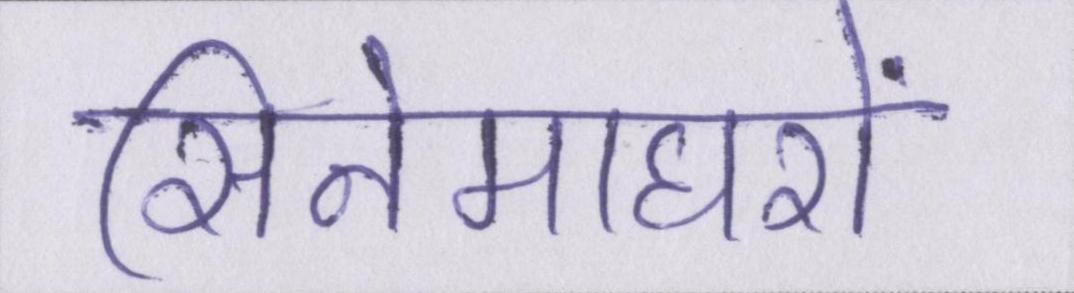
सिनेमाघरों